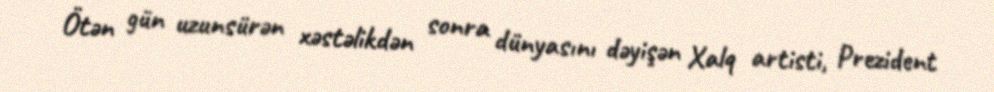
Ötən gün uzunsürən xəstəlikdən sonra dünyasını dəyişən Xalq artisti, Prezident